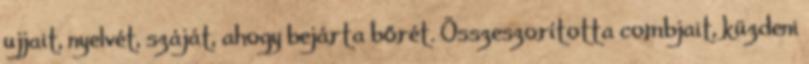
ujjait, nyelvét, száját, ahogy bejárta bőrét. Összeszorította combjait, küzdeni